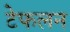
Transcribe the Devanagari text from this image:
टेफलन